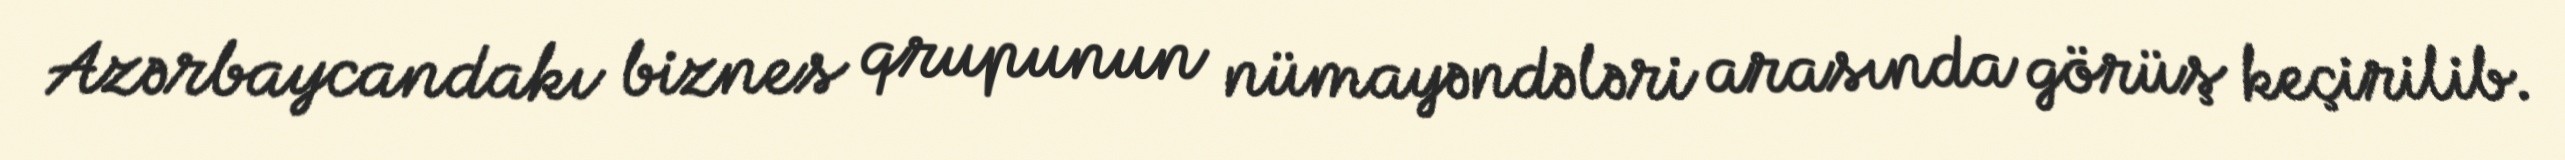
Azərbaycandakı biznes qrupunun nümayəndələri arasında görüş keçirilib.